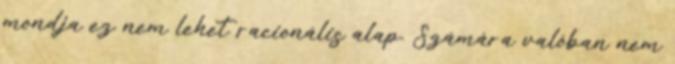
mondja ez nem lehet racionális alap. Számára valóban nem